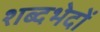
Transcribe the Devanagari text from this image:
शब्दभेदों